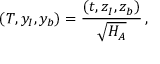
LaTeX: ( T , { { y } } _ { I } , { { y } } _ { b } ) = { \frac { ( t , { { z } } _ { I } , { { z } } _ { b } ) } { \sqrt { H _ { A } } } } \, ,